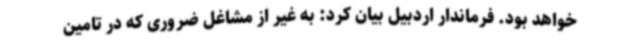
خواهد بود. فرماندار اردبیل بیان کرد: به غیر از مشاغل ضروری که در تامین